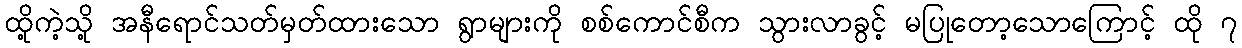
ထို့ကဲ့သို့ အနီရောင်သတ်မှတ်ထားသော ရွာများကို စစ်ကောင်စီက သွားလာခွင့် မပြုတော့သောကြောင့် ထို ၇